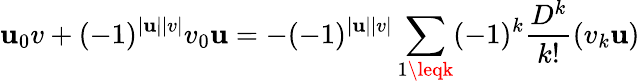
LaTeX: \mathbf{u}_{0}v+(-1)^{|\mathbf{u}||v|}v_{0}\mathbf{u}=-(-1)^{|\mathbf{u}||v|}\sum_{1\leqk}(-1)^{k}\frac{{D^{k}}}{{k!}}(v_{k}\mathbf{u})